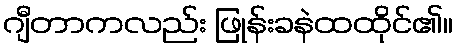
ဂျီတာကလည်း ဖြုန်းခနဲထထိုင်၏။